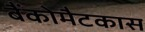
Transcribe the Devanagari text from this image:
बैंकोमैटकास